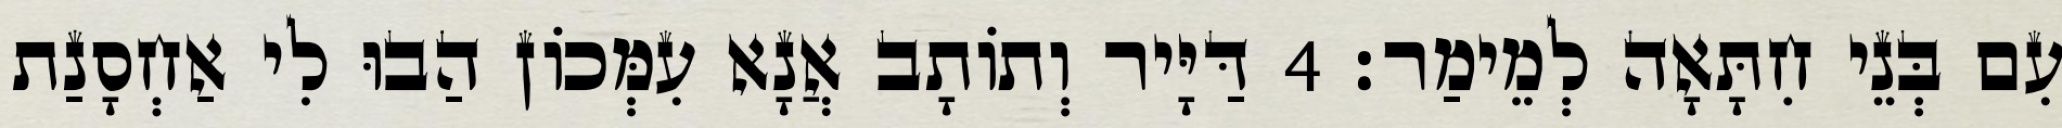
עִם בְּנֵי חִתָּאָה לְמֵימַר׃ 4 דַּיָּיר וְתוֹתָב אֲנָא עִמְּכוֹן הַבוּ לִי אַחְסָנַת